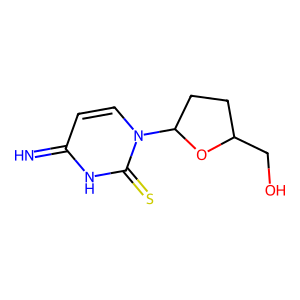
SMILES: N=c1ccn(C2CCC(CO)O2)c(=S)[nH]1
Inhibits HIV replication: No